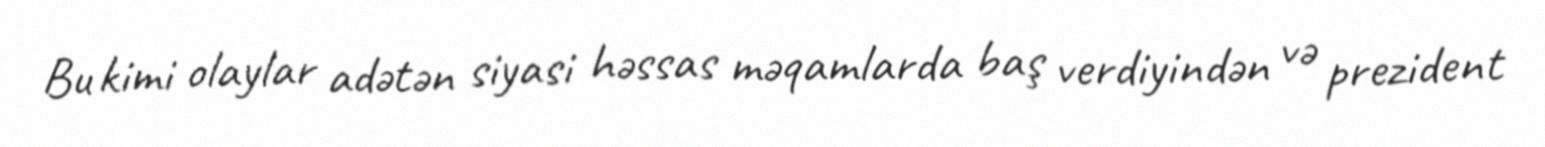
Bu kimi olaylar adətən siyasi həssas məqamlarda baş verdiyindən və prezident